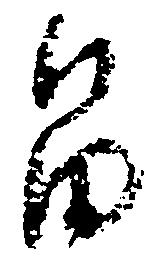
畠